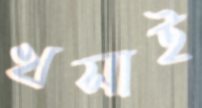
খসাই